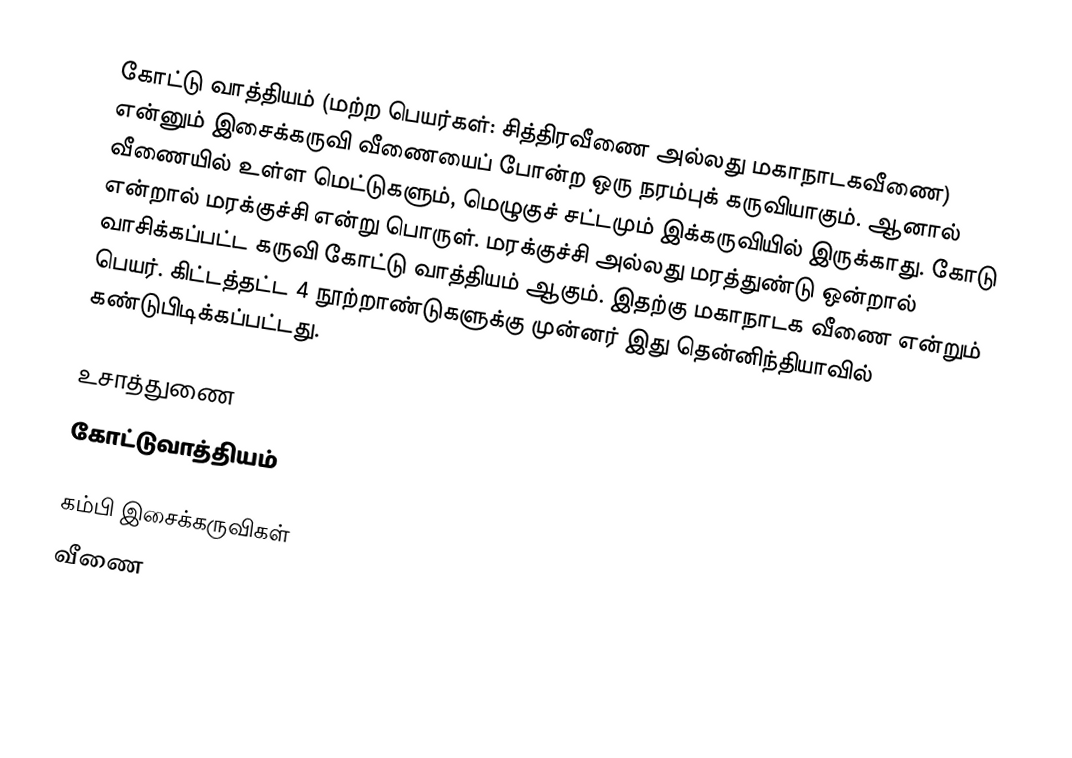
கோட்டு வாத்தியம் (மற்ற பெயர்கள்: சித்திரவீணை அல்லது மகாநாடகவீணை) என்னும் இசைக்கருவி வீணையைப் போன்ற ஒரு நரம்புக் கருவியாகும். ஆனால் வீணையில் உள்ள மெட்டுகளும், மெழுகுச் சட்டமும் இக்கருவியில் இருக்காது. கோடு என்றால் மரக்குச்சி என்று பொருள். மரக்குச்சி அல்லது மரத்துண்டு ஒன்றால் வாசிக்கப்பட்ட கருவி கோட்டு வாத்தியம் ஆகும். இதற்கு மகாநாடக வீணை என்றும் பெயர். கிட்டத்தட்ட 4 நூற்றாண்டுகளுக்கு முன்னர் இது தென்னிந்தியாவில் கண்டுபிடிக்கப்பட்டது.

உசாத்துணை
 கோட்டுவாத்தியம்

கம்பி இசைக்கருவிகள்
வீணை